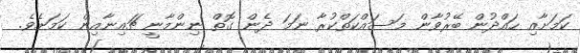
ކަމަށާއި ހައްދުން ބޭރުވާން މަސައްކަތްކުރާ ނަމަ ދެން ގޮތް ނިންމާނީ ޗައިނާއިން ކަމަށެވެ.